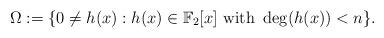
LaTeX: \begin{align*}\Omega := \{0 \neq h(x) : h(x) \in \mathbb{F}_2[x] \mbox{ with } \deg(h(x)) < n\}.\end{align*}